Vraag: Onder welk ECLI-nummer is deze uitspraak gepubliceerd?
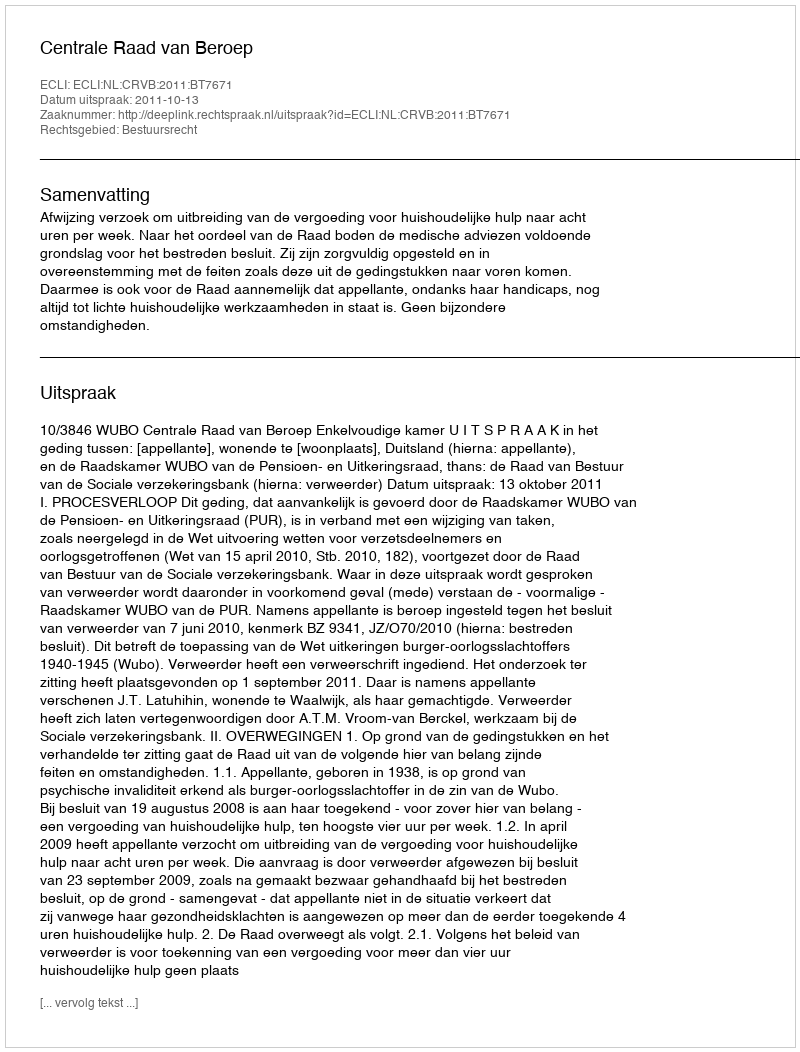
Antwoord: ECLI:NL:CRVB:2011:BT7671